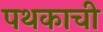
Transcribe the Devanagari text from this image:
पथकाची